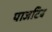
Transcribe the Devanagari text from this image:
पाजटिव